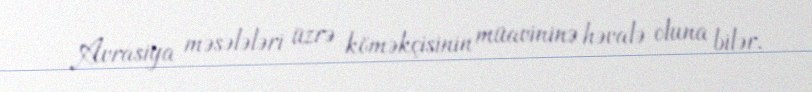
Avrasiya məsələləri üzrə köməkçisinin müavininə həvalə oluna bilər.